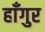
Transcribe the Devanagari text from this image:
हाँगुर